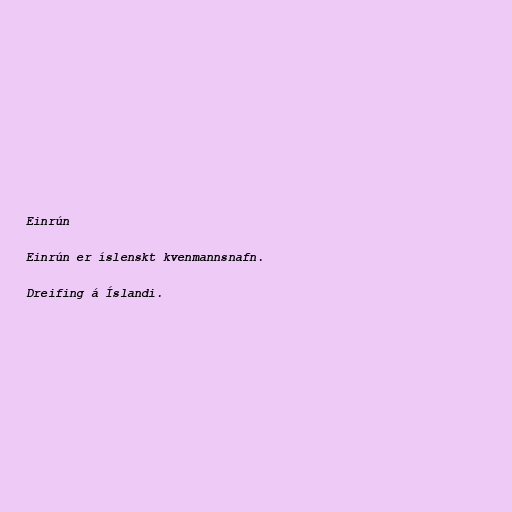
Einrún

Einrún er íslenskt kvenmannsnafn.

Dreifing á Íslandi.